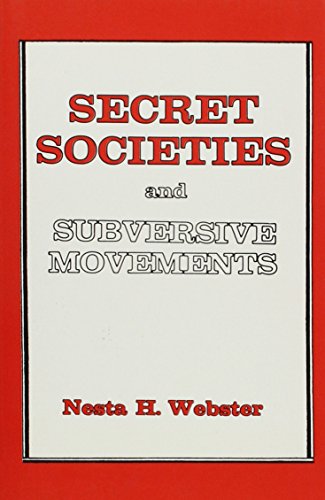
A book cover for Secret Societies and Subversive Movements; Nesta H. Webster; Religion & Spirituality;